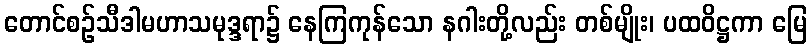
တောင်စဉ်သီဒါမဟာသမုဒ္ဒရာ၌ နေကြကုန်သော နဂါးတို့လည်း တစ်မျိုး၊ ပထဝိဋ္ဌကာ မြေ